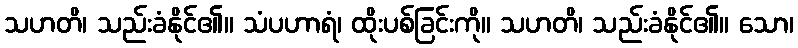
သဟတိ၊ သည်းခံနိုင်၏။ သံပဟာရံ၊ ထိုးပစ်ခြင်းကို။ သဟတိ၊ သည်းခံနိုင်၏။ သော၊